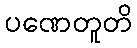
ပဏေတူတိ